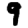
Digit: 9